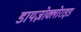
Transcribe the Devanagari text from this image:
डायज़ोक्लोराइड